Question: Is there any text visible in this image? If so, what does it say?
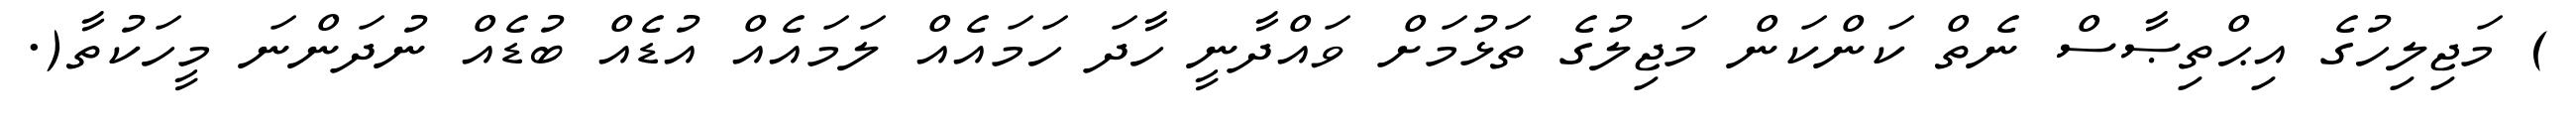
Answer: ) މަޖިލިހުގެ އިޙްތިޞާސް ނެތް ކަންކަން މަޖިލުގެ ތަޅުމަށް ވައްދާނީ ހާދަ ހަމައެއް ލަމައެއް އުޑެއް ބުޑެއް ނުދަންނަ މީހަކުތާ(.